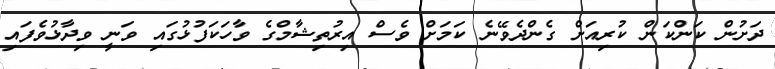
ދަށުން ކަންކަން ކުރިއަށް ގެންދެވޭނެ ކަމަށް ވެސް އިރުތިޝާމްގެ ވާހަކަފުޅުގައި ވަނީ ވިދާޅުވެފައި